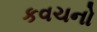
કવચનો